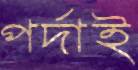
পর্দাই